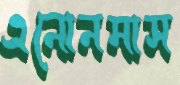
এনোনমাস